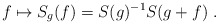
\begin{align*}{f\mapsto S_g(f)=S(g)^{-1}S(g+f)}\ .\end{align*}